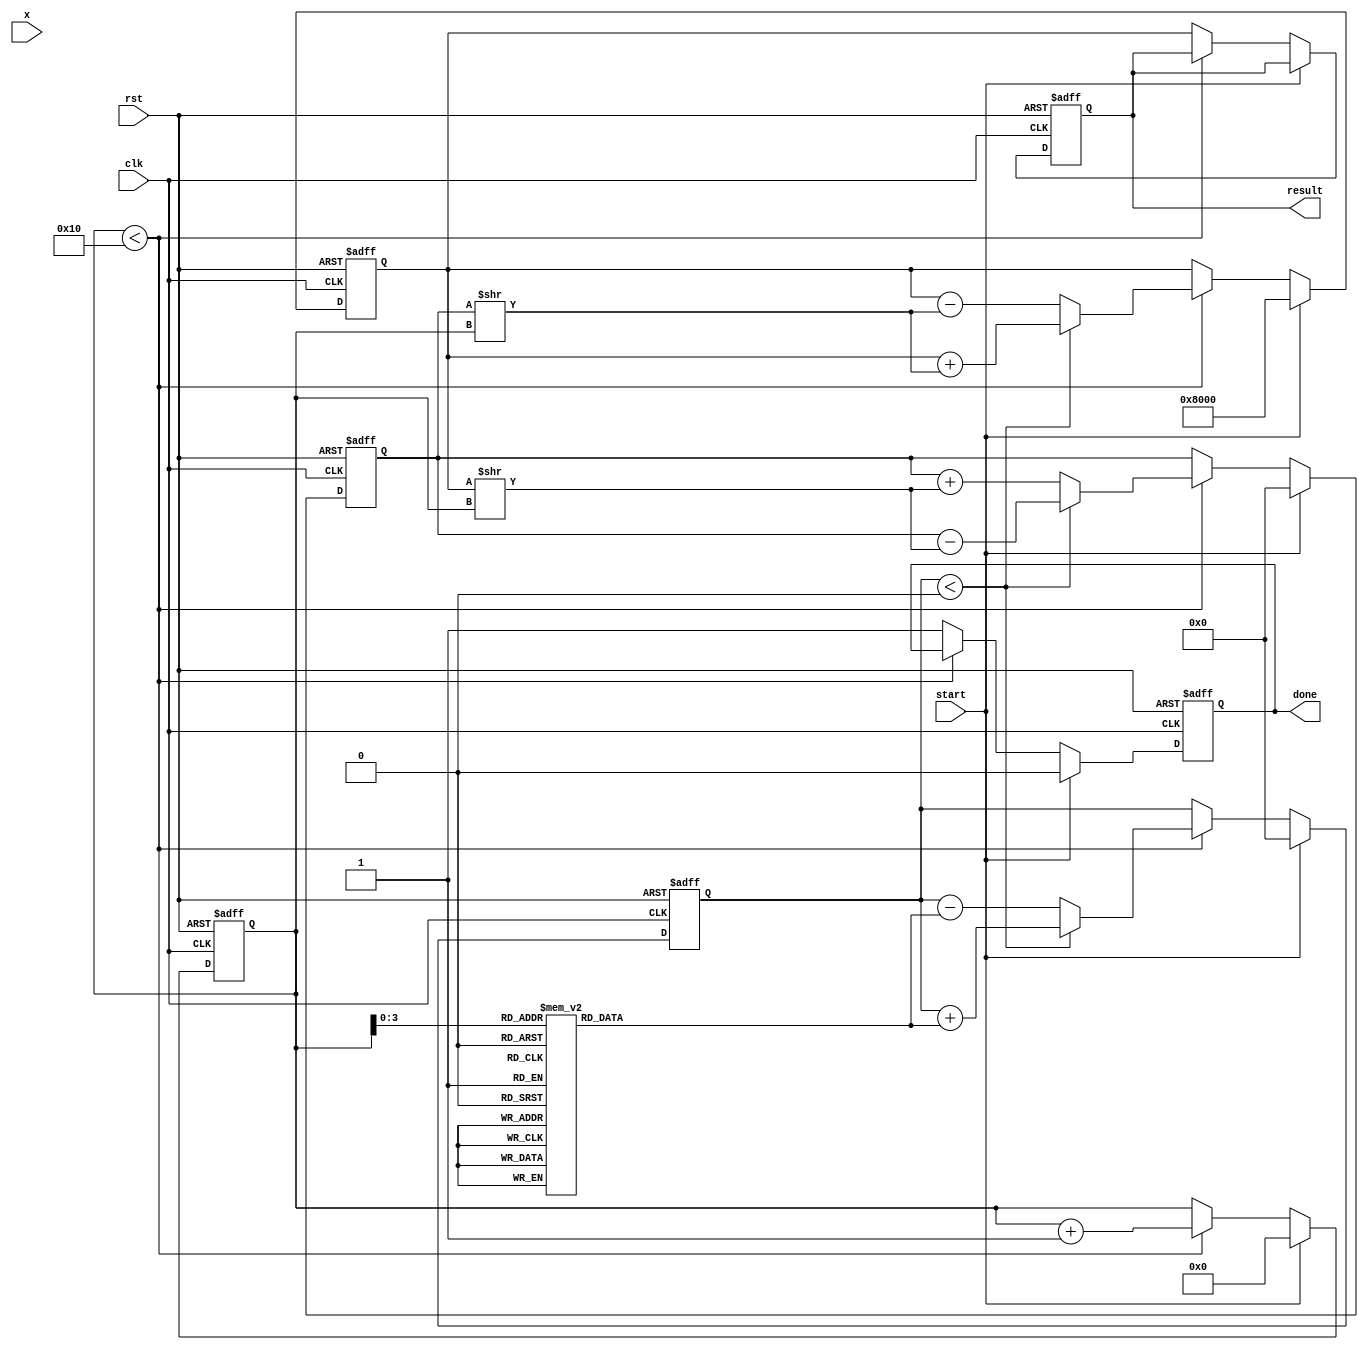
module cordic_exponential #(
    parameter WIDTH = 16,      // Input and output width
    parameter ITERATIONS = 16  // Number of CORDIC iterations
) (
    input wire clk,
    input wire rst,
    input wire start,
    input wire [WIDTH-1:0] x,  // Input value for which e^x is calculated
    output reg [WIDTH-1:0] result, // Result of e^x
    output reg done // Indicate when computation is complete
);

// Internal Registers
reg [WIDTH-1:0] x_reg;             // Input register
reg [WIDTH-1:0] z_reg;             // Angle register for rotation
reg [WIDTH-1:0] x_curr;            // Current x value
reg [WIDTH-1:0] y_curr;            // Current y value
reg [WIDTH-1:0] scaling_factor;     // Scaling factor for e^x
reg [5:0] iter;                    // Iteration counter

// Pre-computed arctangent values (scaled for fixed-point representation)
reg [WIDTH-1:0] atan_table [0:ITERATIONS-1];

initial begin
    // Fill the arctangent table with pre-calculated values
    // These values should be scaled based on the chosen fixed-point representation
    atan_table[0] = 16'h26DD; // atan(2^-0) scaled
    atan_table[1] = 16'h1C71; // atan(2^-1) scaled
    atan_table[2] = 16'h12E4; // atan(2^-2) scaled
    atan_table[3] = 16'h0A75; // atan(2^-3) scaled
    atan_table[4] = 16'h0522; // atan(2^-4) scaled
    atan_table[5] = 16'h028D; // atan(2^-5) scaled
    atan_table[6] = 16'h0146; // atan(2^-6) scaled
    atan_table[7] = 16'h00A3; // atan(2^-7) scaled
    atan_table[8] = 16'h0051; // atan(2^-8) scaled
    atan_table[9] = 16'h0029; // atan(2^-9) scaled
    atan_table[10] = 16'h0014; // atan(2^-10) scaled
    atan_table[11] = 16'h000A; // atan(2^-11) scaled
    atan_table[12] = 16'h0005; // atan(2^-12) scaled
    atan_table[13] = 16'h0002; // atan(2^-13) scaled
    atan_table[14] = 16'h0001; // atan(2^-14) scaled
    atan_table[15] = 16'h0001; // atan(2^-15) scaled
end

// Scaling factor for e^x (e^(x/2^k) for k iterations)
always @(*) begin
    scaling_factor = (1 << (WIDTH - 1)); // This can be adjusted as needed
end

// Control and computation
always @(posedge clk or posedge rst) begin
    if (rst) begin
        x_reg <= 0;
        z_reg <= 0;
        x_curr <= 0;
        y_curr <= 0;
        iter <= 0;
        result <= 0;
        done <= 0;
    end else if (start) begin
        x_reg <= x;
        z_reg <= 0; // Initialize angle register
        x_curr <= scaling_factor; // Start with scaling factor
        y_curr <= 0; // Start with 0, as y is initially 0
        iter <= 0;
        done <= 0;
    end else if (iter < ITERATIONS) begin
        // CORDIC rotation logic
        if (z_reg < 0) begin
            // Counter-clockwise rotation
            x_curr <= x_curr + (y_curr >> iter);
            y_curr <= y_curr - (x_curr >> iter);
            z_reg <= z_reg + atan_table[iter];
        end else begin
            // Clockwise rotation
            x_curr <= x_curr - (y_curr >> iter);
            y_curr <= y_curr + (x_curr >> iter);
            z_reg <= z_reg - atan_table[iter];
        end
        iter <= iter + 1;
    end else begin
        // Final result calculation
        result <= x_curr;
        done <= 1;
    end
end

endmodule